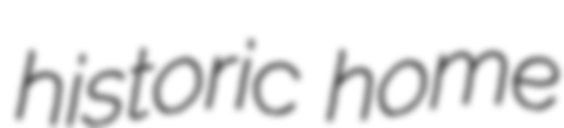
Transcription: historic home